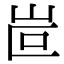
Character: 𡶆